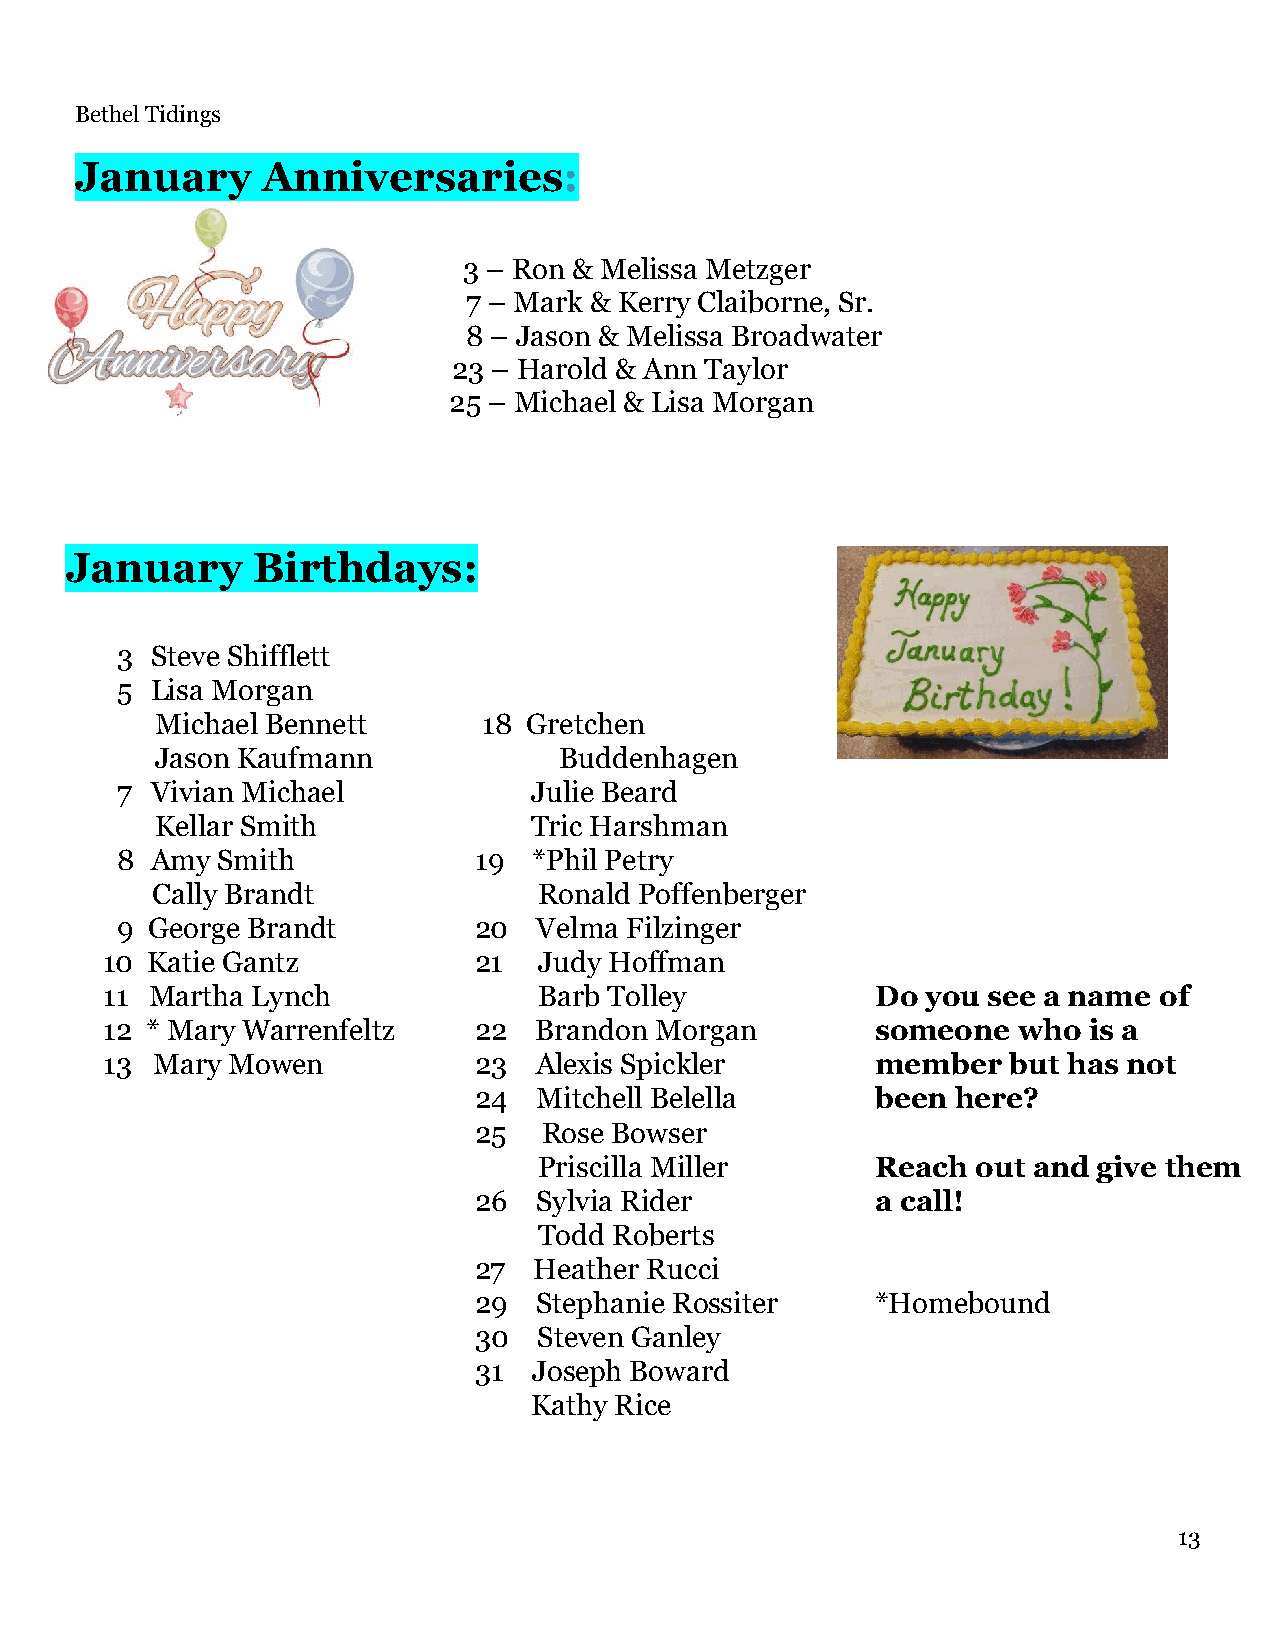
Bethel Tidings
 January     Anniversaries:
 3 – Ron & Melissa Metzger
 7 – Mark & Kerry Claiborne, Sr.
 8 – Jason & Melissa Broadwater
 23 – Harold & Ann Taylor
 25 – Michael & Lisa Morgan
 January      Birthdays:
 3 Steve Shifflett
 5 Lisa Morgan
 Michael Bennett       18 Gretchen
 Jason Kaufmann             Buddenhagen
 7 Vivian Michael           Julie Beard
 Kellar Smith             Tric Harshman
 8 Amy Smith            19  *Phil Petry
 Cally Brandt              Ronald Poffenberger
 9 George Brandt        20   Velma Filzinger
 10 Katie Gantz          21   Judy Hoffman
 11 Martha Lynch              Barb Tolley           Do you see a name  of
 12 * Mary Warrenfeltz   22  Brandon Morgan         someone  who  is a
 13 Mary Mowen           23  Alexis Spickler        member   but has not
 24  Mitchell Belella       been here?
 25   Rose Bowser
 Priscilla Miller      Reach  out and give them
 26  Sylvia Rider           a call!
 Todd Roberts
 27  Heather Rucci
 29  Stephanie Rossiter     *Homebound
 30   Steven Ganley
 31  Joseph Boward
 Kathy Rice
 13